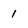
Character: 1